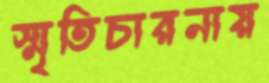
স্মৃতিচারনায়